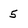
Character: 5